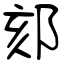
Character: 郂